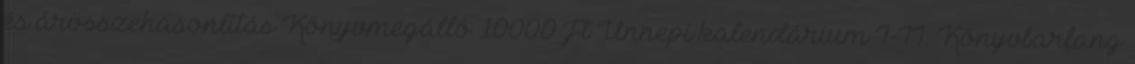
és árösszehasonlítás Könyvmegálló 10000 Ft Ünnepi kalendárium I-II. Könyvbarlang